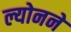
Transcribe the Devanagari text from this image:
ल्योनने